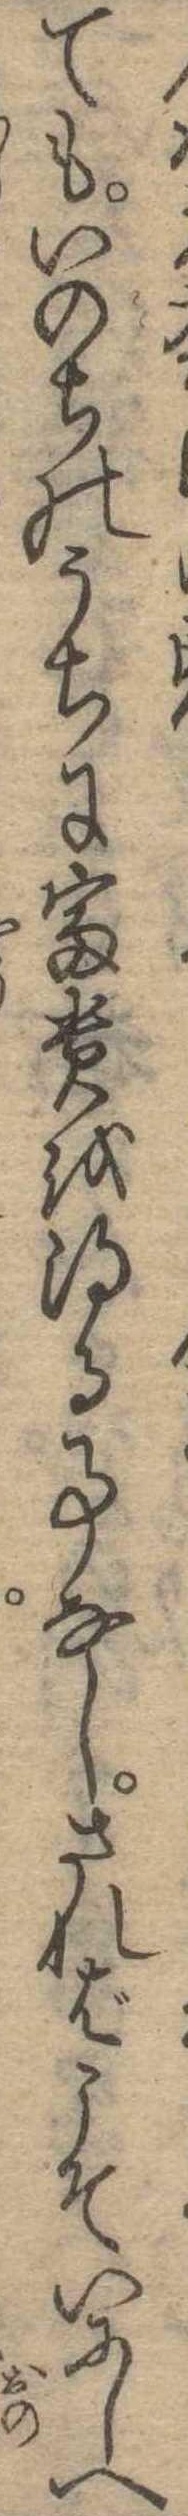
てもいのちのうちに富貴を得る事なしさればこそいにしへ